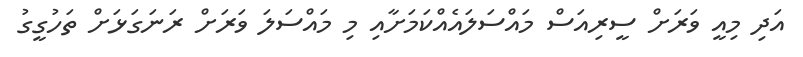
އަދި މިއީ ވަރަށް ސީރިއަސް މައްސަލައެއްކަމަށާއި މި މައްސަލަ ވަރަށް ރަނަގަޅަށް ތަހުގީގު